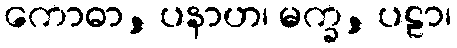
ကောဓာ, ပနာဟ၊ မက္ခ, ပဠာ၊